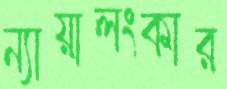
ন্যায়ালংকার